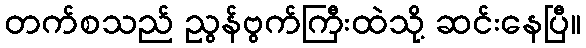
တက်စသည် ညွန်ဗွက်ကြီးထဲသို့ ဆင်းနေပြီ။